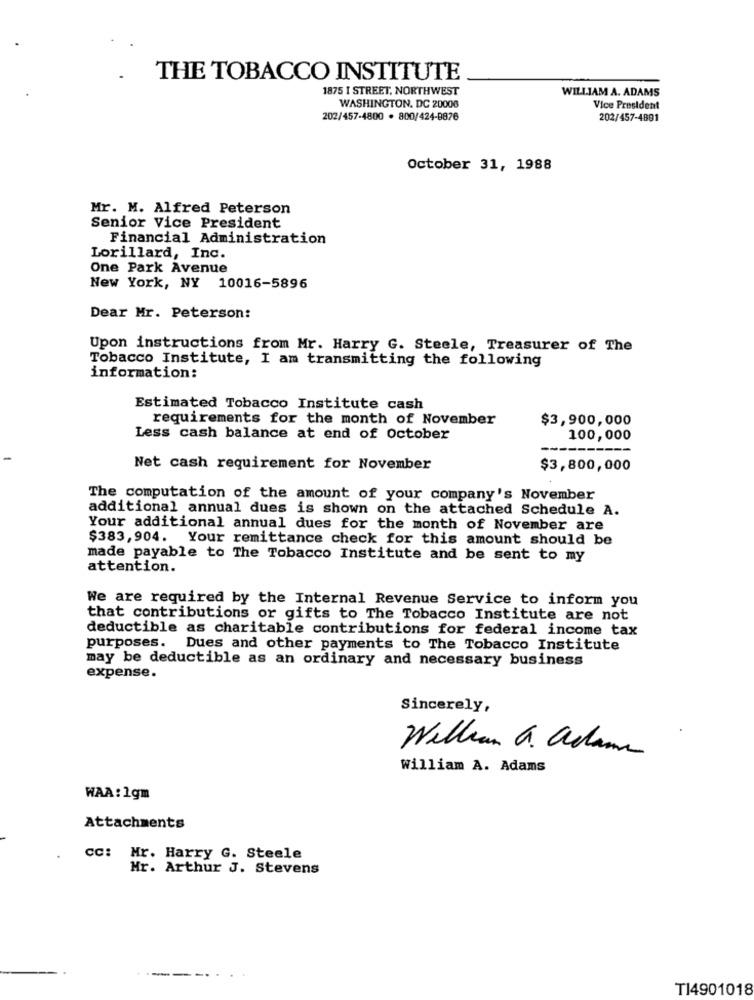
THE TOBACCO INSTITUTE
1875 I STREET, NORTHWEST
WILLIAM A. ADAMS
WASHINGTON, DC 20006
Vice President
202/457-4800 · 800/424-8876
202/457-4801
October 31, 1988
Mr. M. Alfred Peterson
Senior Vice President
Financial Administration
Lorillard, Inc.
One Park Avenue
New York, NY 10016-5896
Dear Mr. Peterson:
Upon instructions from Mr. Harry G. Steele, Treasurer of The
Tobacco Institute, I am transmitting the following
information:
Estimated Tobacco Institute cash
requirements for the month of November
$3,900,000
Less cash balance at end of October
100,000
Net cash requirement for November
$3,800,000
The computation of the amount of your company's November
additional annual dues is shown on the attached Schedule A.
Your additional annual dues for the month of November are
$383, 904. Your remittance check for this amount should be
made payable to The Tobacco Institute and be sent to my
attention.
We are required by the Internal Revenue Service to inform you
that contributions or gifts to The Tobacco Institute are not
deductible as charitable contributions for federal income tax
purposes. Dues and other payments to The Tobacco Institute
may be deductible as an ordinary and necessary business
expense.
Sincerely,
William a. aclama
William A. Adams
WAA: 1gm
Attachments
cc: Mr. Harry G. Steele
Mr. Arthur J. Stevens
T14901018